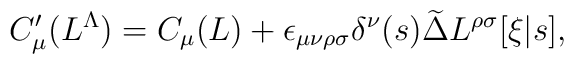
C'_\mu(L^\Lambda) = C_\mu(L)+\epsilon_{\mu\nu\rho\sigma}\delta^\nu(s)   \widetilde\Delta L^{\rho\sigma}[\xi|s],